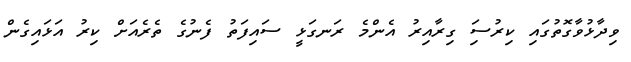
ވިދާޅުވާގޮތުގައި ކިރުސަި ގިރާއިރު އެންމެ ރަނގަޅީ ސައިފަތު ފެނުގެ ތެރެއަށް ކިރު އަޅައިގެން